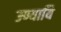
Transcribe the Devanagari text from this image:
उण्यायि